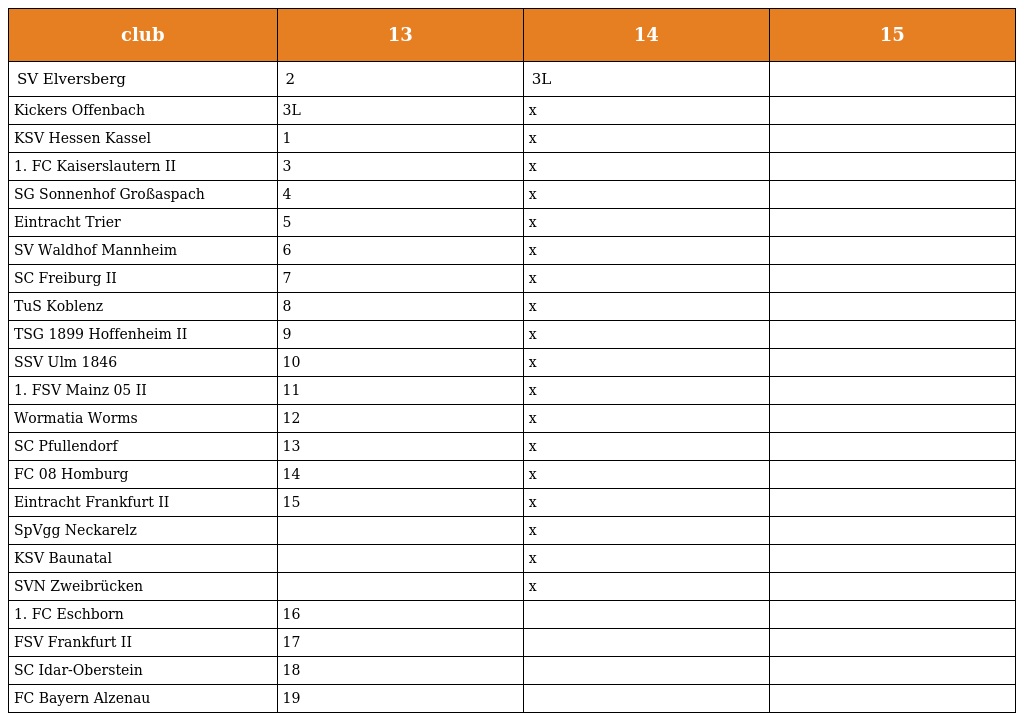
| club | 13 | 14 | 15 |
 | --- | --- | --- | --- |
 | SV Elversberg | 2 | 3L |  |
 | Kickers Offenbach | 3L | x |  |
 | KSV Hessen Kassel | 1 | x |  |
 | 1. FC Kaiserslautern II | 3 | x |  |
 | SG Sonnenhof Großaspach | 4 | x |  |
 | Eintracht Trier | 5 | x |  |
 | SV Waldhof Mannheim | 6 | x |  |
 | SC Freiburg II | 7 | x |  |
 | TuS Koblenz | 8 | x |  |
 | TSG 1899 Hoffenheim II | 9 | x |  |
 | SSV Ulm 1846 | 10 | x |  |
 | 1. FSV Mainz 05 II | 11 | x |  |
 | Wormatia Worms | 12 | x |  |
 | SC Pfullendorf | 13 | x |  |
 | FC 08 Homburg | 14 | x |  |
 | Eintracht Frankfurt II | 15 | x |  |
 | SpVgg Neckarelz |  | x |  |
 | KSV Baunatal |  | x |  |
 | SVN Zweibrücken |  | x |  |
 | 1. FC Eschborn | 16 |  |  |
 | FSV Frankfurt II | 17 |  |  |
 | SC Idar-Oberstein | 18 |  |  |
 | FC Bayern Alzenau | 19 |  |  |